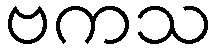
ဗကသ